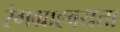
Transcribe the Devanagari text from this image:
रंगग्राह्वयता